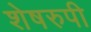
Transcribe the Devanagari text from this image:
शेषरुपी